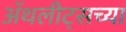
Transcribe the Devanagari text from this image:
ॲथलीट्सच्या